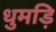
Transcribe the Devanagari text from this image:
धुमड़ि